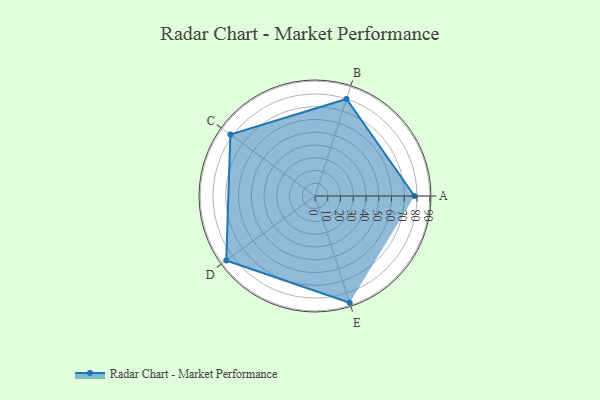
{"axis": {"x": "Skill", "y": "Score"}, "legend": ["Profile"], "data": [{"x": "A", "y": 78.0, "type": "Profile"}, {"x": "B", "y": 80.0, "type": "Profile"}, {"x": "C", "y": 82.0, "type": "Profile"}, {"x": "D", "y": 86.0, "type": "Profile"}, {"x": "E", "y": 88.0, "type": "Profile"}]}